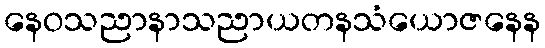
နေဝသညာနာသညာယတနသံယောဇနေန